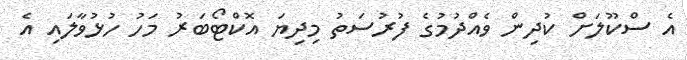
އެ ސްކޫލަށް ކުދިން ވެއްދުމުގެ ފުރުސަތު މިދިޔަ އޮކްޓޯބަރު މަހު ހުޅުވާލައި އެ